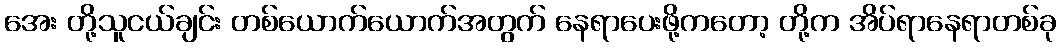
အေး တို့သူငယ်ချင်း တစ်ယောက်ယောက်အတွက် နေရာပေးဖို့ကတော့ တို့က အိပ်ရာနေရာတစ်ခု